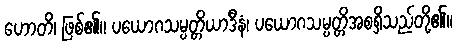
ဟောတိ၊ ဖြစ်၏။ ပယောဂသမ္ပတ္တိယာဒီနံ၊ ပယောဂသမ္ပတ္တိအစရှိသည်တို့၏။